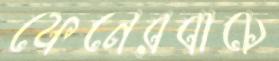
ফেনেরবাচে